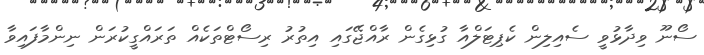
ސޯނޫ ވިދާޅުވީ ސެއިލިން ކެޕިޓަލްއާ ގުޅިގެން ރާއްޖޭގައި އިތުރު ރިސޯޓްތަކެއް ތަރައްގީކުރަން ނިންމާފައިވާ